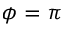
\phi = \pi